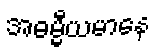
အဓမ္မီယမာနေ